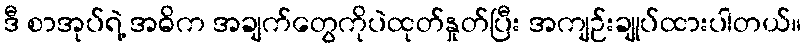
ဒီ စာအုပ်ရဲ့ အဓိက အချက်တွေကိုပဲထုတ်နှုတ်ပြီး အကျဉ်းချုပ်ထားပါတယ်။